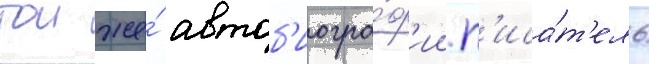
тои же́ автоб'иогра́ф'ии п'иса́т'ель